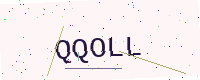
Text: QQOLL